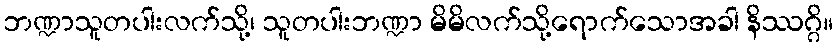
ဘဏ္ဍာသူတပါးလက်သို့၊ သူတပါးဘဏ္ဍာ မိမိလက်သို့ရောက်သောအခါ နိဿဂ္ဂိ။